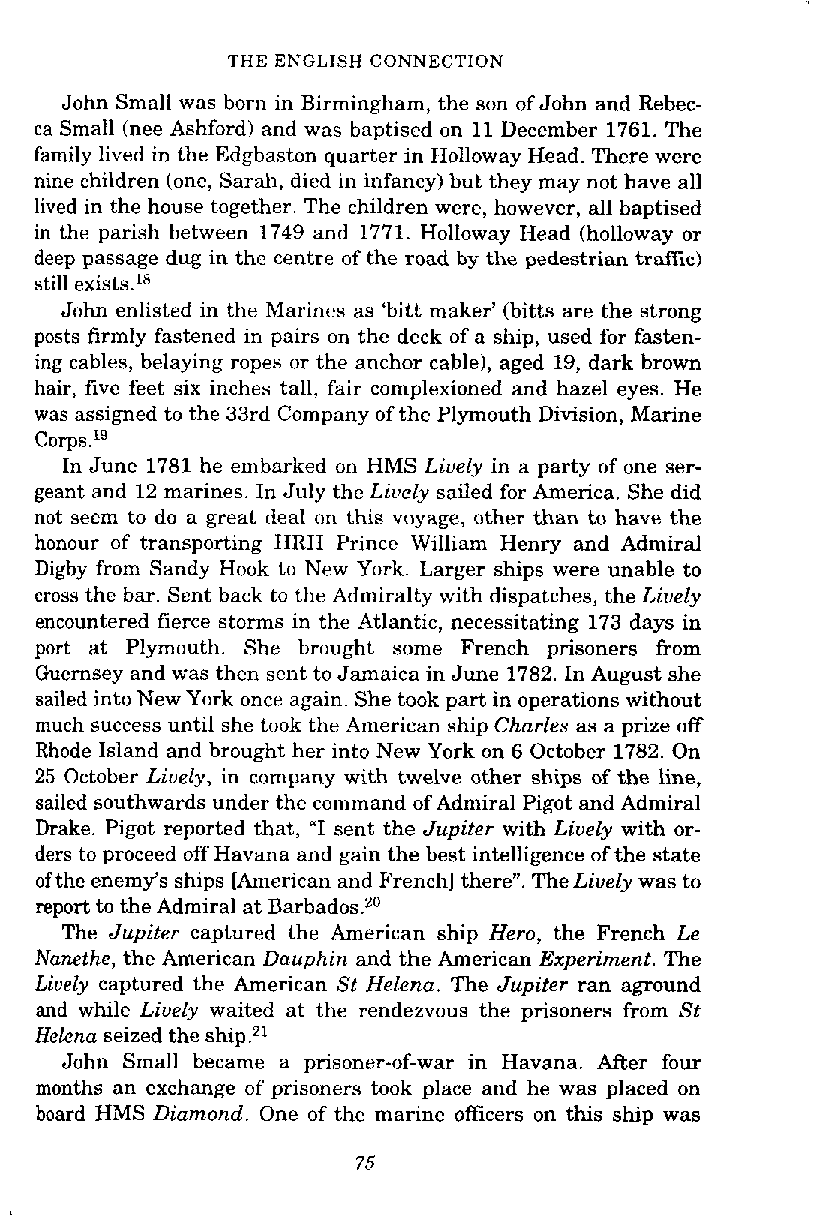
THE ENGLISH CONNECTION
 John Small was born in Birmingham, the son of John and Rebec-
 ca Small (nee Ashford) and was baptised on 11 December 1761. The
 family lived in the Edgbaston quarter in Holloway Head. There were
 nine children (one, Sarah, dicd in infancy) but they may not have all
 lived in the house together. The children were, however, all baptised
 in the parish between 1749 and 1771. Holloway Head (holloway or
 deep passage dug in the centre of the road by the pedestrian traffic)
 still exists.ls
 John enlisted in the Marincs as 'bitt maker' (bitts are the strong
 posts firmly fastened in pairs on the deck of a ship, used for fasten-
 ing cables, belaying ropes or the anchor cable), aged 19, dark brown
 hair, five feet six inches tall, fair complexioned and hazel eyes. He
 was assigned to the 33rd Company of the Plymouth Division, Marine
 In June 1781 he embarked on HMS Lively in a party of one ser-
 geant and 12 marines. In July the Lively sailed for America. She did
 not seem to do a great deal on this voyage, other than to have the
 honour of transporting HRH Prince William Henry and Admiral
 Digby from Sandy Hook to New York. Larger ships were unable to
 cross the bar. Sent back to the Admiralty with dispatches, the Lively
 encountered fierce storms in the Atlantic, necessitating 173 days in
 port at Plymouth. She brought some French prisoners from
 Guernsey and was then sent to Jamaica in June 1782. In August she
 sailed into New York once again. She took part in operations without
 much success until she took the American ship Charles as a prize off
 Rhode Island and brought her into New York on 6 October 1782. On
 25 October Liuely, in company with twelve other ships of the line,
 sailed southwards under the command of Admiral Pigot and Admiral
 Drake. Pigot reported that, "I sent the Jupiter with Liuely with or-
 ders to proceed off Havana and gain the best intelligence of the state
 of the enemy's ships [American and French] there". The Liuely was to
 report to the Admiral at barb ado^.^^
 The Jupiter captured the American ship Hero, the French Le
 Nanethe, the American Dauphin and the American Experiment. The
 Liuely captured the American St Helena. The Jupiter ran aground
 and while Lively waited at the rendezvous the prisoners from St
 Helena seized the ship.21
 John Small became a prisoner-of-war in Havana. After four
 months an exchange of prisoners took place and he was placed on
 board HMS Diamond. One of the marine officers on this ship was